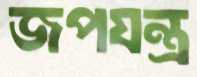
জপযন্ত্র